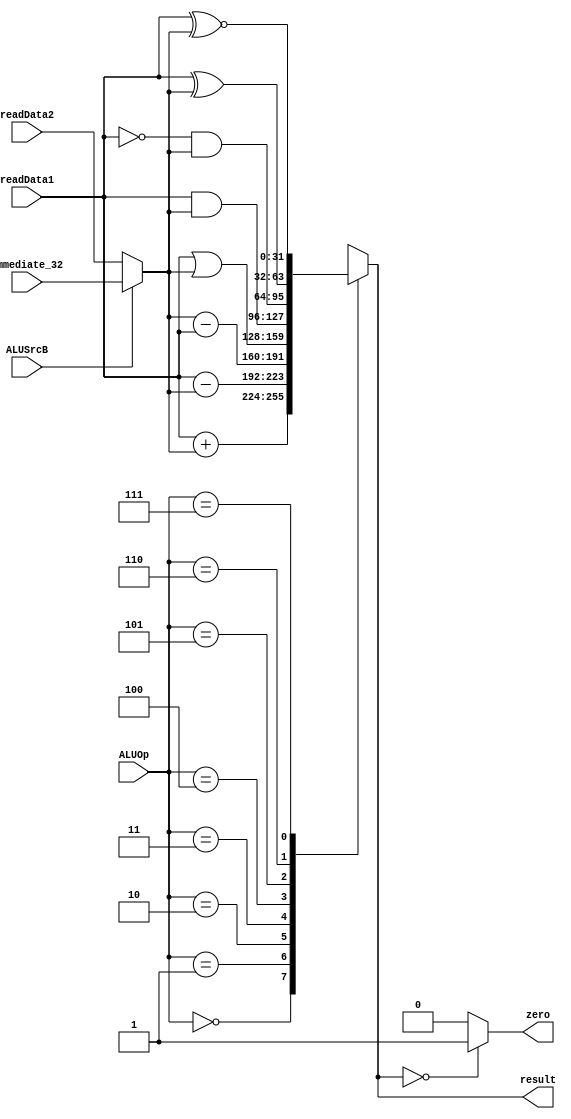
`timescale 1ns / 1ps
//////////////////////////////////////////////////////////////////////////////////
// Company: 
// Engineer: 
// 
// Design Name: 
// Module Name:    ALU 
// Project Name: 
// Target Devices: 
// Tool versions: 
// Description: 
//
// Dependencies: 
//
// Revision: 
// Revision 0.01 - File Created
// Additional Comments: 
//
//////////////////////////////////////////////////////////////////////////////////
module ALU(
	input[31:0] readData1,
    input[31:0] readData2,
    input[31:0] immediate_32,
    input ALUSrcB,
    input[2:0] ALUOp,
    output wire zero,
    output reg[31:0] result
    );
	wire[31:0] aluB;
    
    assign aluB = (ALUSrcB == 0) ? readData2 : immediate_32;

    always@( readData1 or aluB or ALUOp)
	    begin
	        case (ALUOp)
	            3'b000: result <= readData1 + aluB;
	            3'b001: result <= readData1 - aluB;
	            3'b010: result <= aluB - readData1;
	            3'b011: result <= readData1 | aluB;
	            3'b100: result <= readData1 & aluB;
	            3'b101: result <= ~readData1 & aluB;
	            3'b110: result <= readData1 ^ aluB;
	            3'b111: result <= readData1 ~^ aluB;
	        endcase

	    end
    assign zero = (result == 0) ? 1 : 0;

    
endmodule